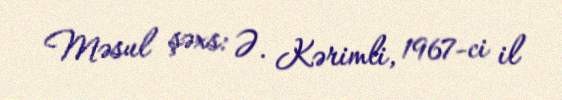
Məsul şəxs: Ə. Kərimli, 1967-ci il